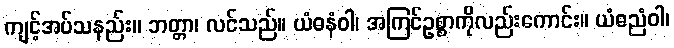
ကျင့်အပ်သနည်း။ ဘတ္တာ၊ လင်သည်။ ယံဓနံဝါ၊ အကြင်ဥစ္စာကိုလည်းကောင်း။ ယံဓညံဝါ၊